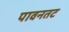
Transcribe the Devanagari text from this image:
पावनतट